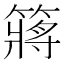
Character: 䉃